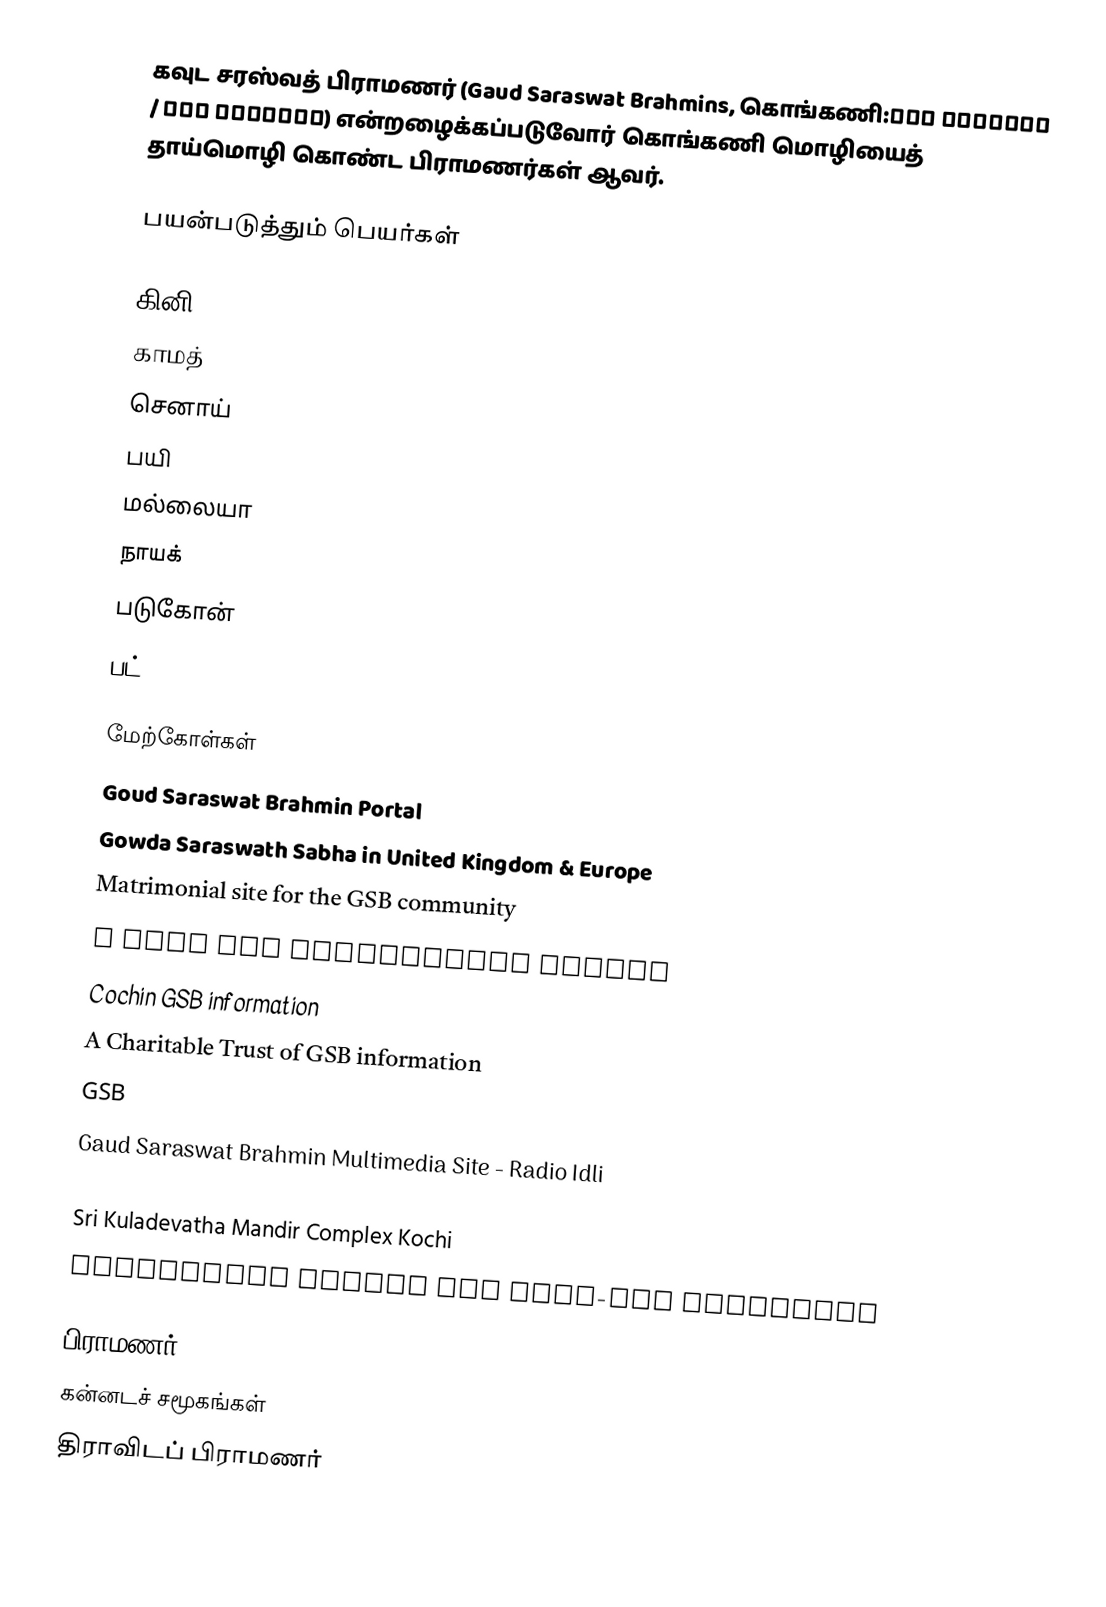
கவுட சரஸ்வத் பிராமணர் (Gaud Saraswat Brahmins, கொங்கணி:गौड सारस्वत / ಗೌಡ ಸಾರಸ್ವತ) என்றழைக்கப்படுவோர் கொங்கணி மொழியைத் தாய்மொழி கொண்ட பிராமணர்கள் ஆவர்.

பயன்படுத்தும் பெயர்கள்

 கினி
 காமத்
 செனாய்
 பயி
 மல்லையா
 நாயக்
 படுகோன்
 பட்

மேற்கோள்கள்
Goud Saraswat Brahmin Portal
Gowda Saraswath Sabha in United Kingdom & Europe
Matrimonial site for the GSB community
A Free GSB Matrimonial Portal
Cochin GSB information
A Charitable Trust of GSB information
GSB
Gaud Saraswat Brahmin Multimedia Site - Radio Idli
GSB Coimbatore
Sri Kuladevatha Mandir Complex Kochi
Discussion Forums for GSBs-GSB Kasthoori

பிராமணர்
கன்னடச் சமூகங்கள்
திராவிடப் பிராமணர்